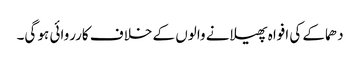
دھماکے کی افواہ پھیلانے والوں کے خلاف کارروائی ہو گی۔